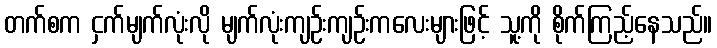
တက်စက ငှက်မျက်လုံးလို မျက်လုံးကျဉ်းကျဉ်းကလေးများဖြင့် သူ့ကို စိုက်ကြည့်နေသည်။